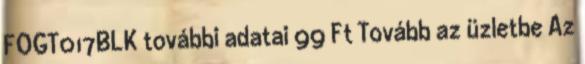
FOGT017BLK további adatai 99 Ft Tovább az üzletbe Az